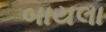
બાયલા